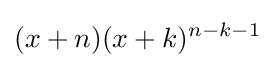
(x+n)(x+k)^{n-k-1}